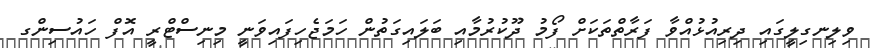
ވިލިނގިލީގައި ދިރިއުޅުއްވާ ފަރާތްތަކަށް ފޯމު ދޫކުރުމާއި ބަލައިގަތުން ހަމަޖެހިފައިވަނީ މިނިސްޓްރީ އޮފް ހައުސިންގ